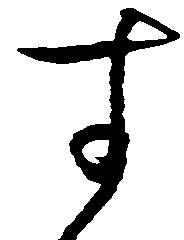
す